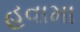
હવામા